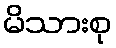
မိသားစု